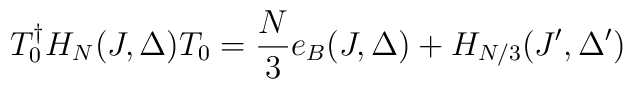
T_0^{\dag} H_N (J,\Delta )T_0 =    \frac{N}{3} e_B(J,\Delta ) +         H_{N/3} (J',\Delta')